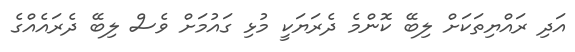
އަދި ރައްޔިތަކަށް ލިބޭ ކޮންމެ ދެރަޔަކީ މުޅި ގައުމަށް ވެސް ލިބޭ ދެރައެއްގެ